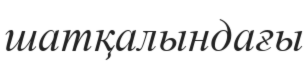
шатқалындағы